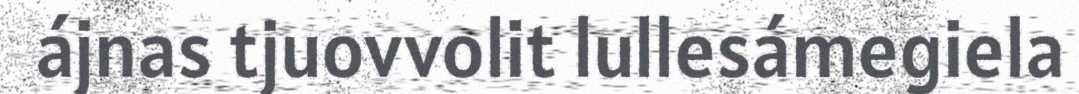
ájnas tjuovvolit lullesámegiela